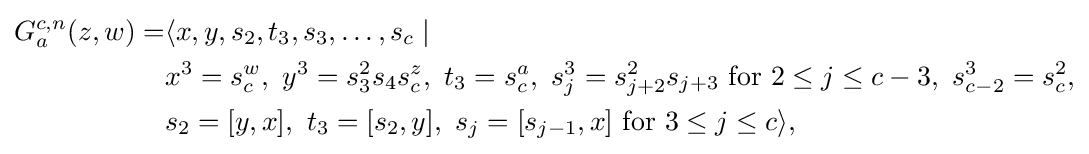
{\begin{aligned}G_{a}^{c,n}(z,w)=&\langle x,y,s_{2},t_{3},s_{3},\ldots ,s_{c}\mid {}\\&x^{3}=s_{c}^{w},\ y^{3}=s_{3}^{2}s_{4}s_{c}^{z},\ t_{3}=s_{c}^{a},\ s_{j}^{3}=s_{j+2}^{2}s_{j+3}{\text{ for }}2\leq j\leq c-3,\ s_{c-2}^{3}=s_{c}^{2},\\&s_{2}=[y,x],\ t_{3}=[s_{2},y],\ s_{j}=[s_{j-1},x]{\text{ for }}3\leq j\leq c\rangle ,\end{aligned}}